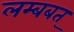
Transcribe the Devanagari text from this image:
लम्बबत्